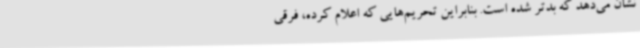
نشان می‌دهد که بدتر شده است. بنابراین تحریم‌هایی که اعلام کرده، فرقی